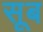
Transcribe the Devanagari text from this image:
सूब